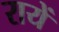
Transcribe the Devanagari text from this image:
रायें